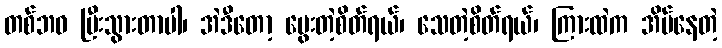
တစ်ဘဝ ပြီးသွားတာပါ၊ အဲဒီတော့ မွေးတဲ့စိတ်ရယ်၊ သေတဲ့စိတ်ရယ်၊ ကြားထဲက အိပ်နေတဲ့